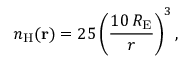
n _ { \mathrm { H } } ( \mathbf { r } ) = 2 5 \left( \frac { 1 0 \, R _ { \mathrm { E } } } { r } \right) ^ { 3 } ,